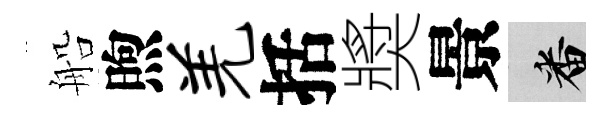
船煦羌括奬景番